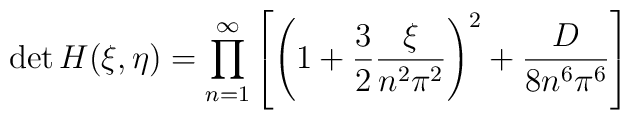
\det H(\xi,\eta) = \prod^{\infty}_{n=1} \left[ \left( 1 + \frac32 \frac{\xi}{n^2\pi^2}\right)^2 + \frac{D}{8n^6\pi^6} \right]